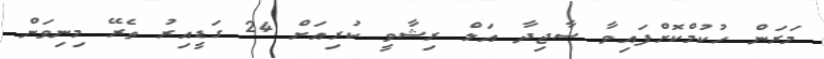
މަރަން ހުކުމްކޮށްފައިވާ ސާޖިދާ އަލް ރިޝާވީ ކުރިއަށް 24 ގަޑީއިރު ތެރޭ މިނިވަން